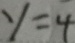
y = 4